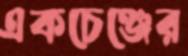
একচেঞ্জের